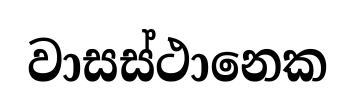
වාසස්ථානෙක